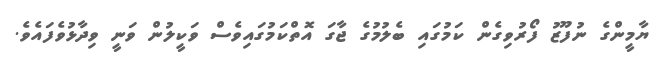
ޔާމީންގެ ނުފޫޒު ފޯރުވިގެން ކަމުގައި ބެލުމުގެ ޖާގަ އޮތްކަމުގައިވެސް ވަކީލުން ވަނީ ވިދާޅުވެފައެވެ.